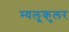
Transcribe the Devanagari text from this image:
म्यलूकुलर